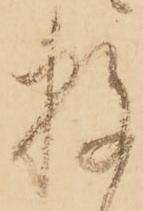
数